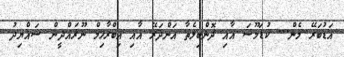
އަޑުބަރޭ މެން... ކުޑަމޫސަ އާއި ދޮންބިލެތާ އަންދަރޭ އާއި އިބްރާހިމް ނޫރައްދީން ސައްޔިދު